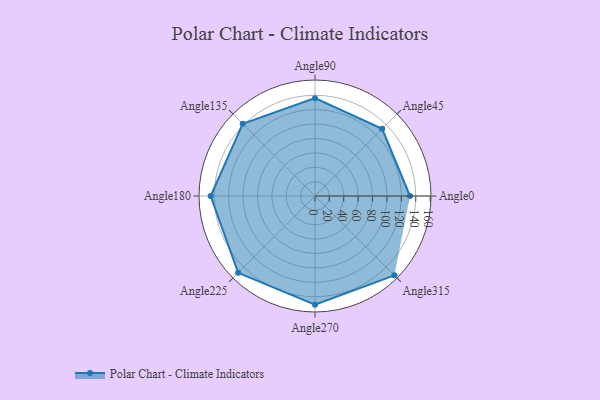
{"axis": {"x": "Angle", "y": "Radius"}, "legend": [""], "data": [{"x": "Angle0", "y": 132.0, "type": ""}, {"x": "Angle45", "y": 132.0, "type": ""}, {"x": "Angle90", "y": 136.0, "type": ""}, {"x": "Angle135", "y": 142.0, "type": ""}, {"x": "Angle180", "y": 145.0, "type": ""}, {"x": "Angle225", "y": 151.0, "type": ""}, {"x": "Angle270", "y": 151.0, "type": ""}, {"x": "Angle315", "y": 156.0, "type": ""}]}